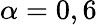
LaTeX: \alpha=0,6